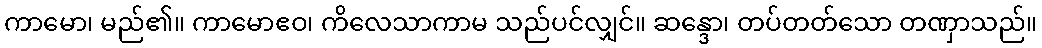
ကာမော၊ မည်၏။ ကာမောဧဝ၊ ကိလေသာကာမ သည်ပင်လျှင်။ ဆန္ဒော၊ တပ်တတ်သော တဏှာသည်။